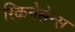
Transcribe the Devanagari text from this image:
रिकनेसेन्स